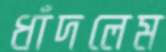
ধাঁদলেম